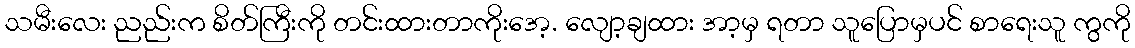
သမီးလေး ညည်းက စိတ်ကြီးကို တင်းထားတာကိုးအေ့. လျော့ချထား အာ့မှ ရတာ သူပြောမှပင် စာရေးသူ ကွကို